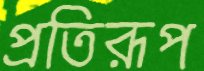
প্রতিরূপ